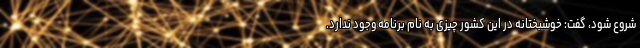
شروع شود، گفت: خوشبختانه در این کشور چیزی به نام برنامه وجود ندارد.